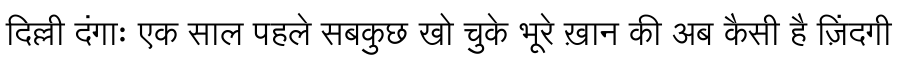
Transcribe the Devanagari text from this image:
दिल्ली दंगाः एक साल पहले सबकुछ खो चुके भूरे ख़ान की अब कैसी है ज़िंदगी